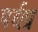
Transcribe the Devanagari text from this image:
पर्यप्र